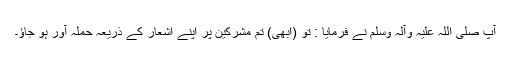
آپ صلی اللہ علیہ وآلہ وسلم نے فرمایا : تو (ابھی) تم مشرکین پر اپنے اشعار کے ذریعہ حملہ آور ہو جاؤ۔